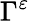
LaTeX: \Gamma^{\varepsilon}